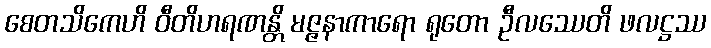
စေတသိကေဟိ ဝီတိဟရဏန္တိ မဇ္ဇနာကာရော ရုတော ဦလဿေတိ ဖလဋ္ဌဿ